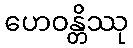
ဟေဝန္တိဿု